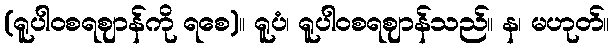
(ရူပါဝစရဈာန်ကို ရစေ)။ ရူပံ၊ ရူပါဝစရဈာန်သည်။ န၊ မဟုတ်။